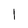
Character: l